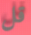
قل